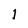
Character: 1